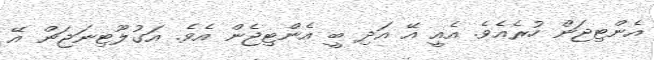
އެންޓިޖަން ހުރެއެވެ. އެއީ އޭ އަދި ބީ އެންޓިޖެން އެވެ. އަގުލޫޓިނަޖަން އޭ